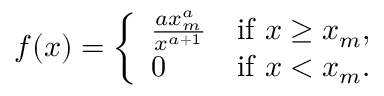
f ( x ) = { \left\{ \begin{array} { l l } { { \frac { a x _ { m } ^ { a } } { x ^ { a + 1 } } } } & { { \mathrm { i f ~ } } x \geq x _ { m } , } \\ { 0 } & { { \mathrm { i f ~ } } x < x _ { m } . } \end{array} \right. }